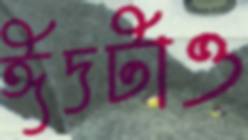
ঈদটাও